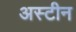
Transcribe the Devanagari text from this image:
अस्टीन